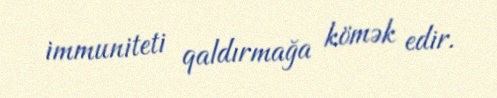
immuniteti qaldırmağa kömək edir.